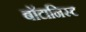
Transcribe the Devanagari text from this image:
बाॅटानिस्ट